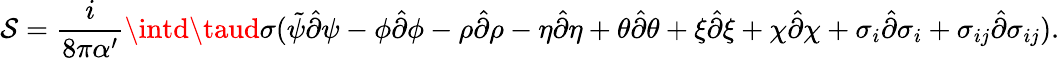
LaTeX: \mathcal{S}=\frac{{i}}{{8\pi\alpha^{\prime}}}\intd\taud\sigma(\tilde{{\psi}}\hat{{\partial}}\psi-\phi\hat{{\partial}}\phi-\rho\hat{{\partial}}\rho-\eta\hat{{\partial}}\eta+\theta\hat{{\partial}}\theta+\xi\hat{{\partial}}\xi+\chi\hat{{\partial}}\chi+\sigma_{i}\hat{{\partial}}\sigma_{i}+\sigma_{ij}\hat{{\partial}}\sigma_{ij}).